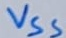
Text: VSS